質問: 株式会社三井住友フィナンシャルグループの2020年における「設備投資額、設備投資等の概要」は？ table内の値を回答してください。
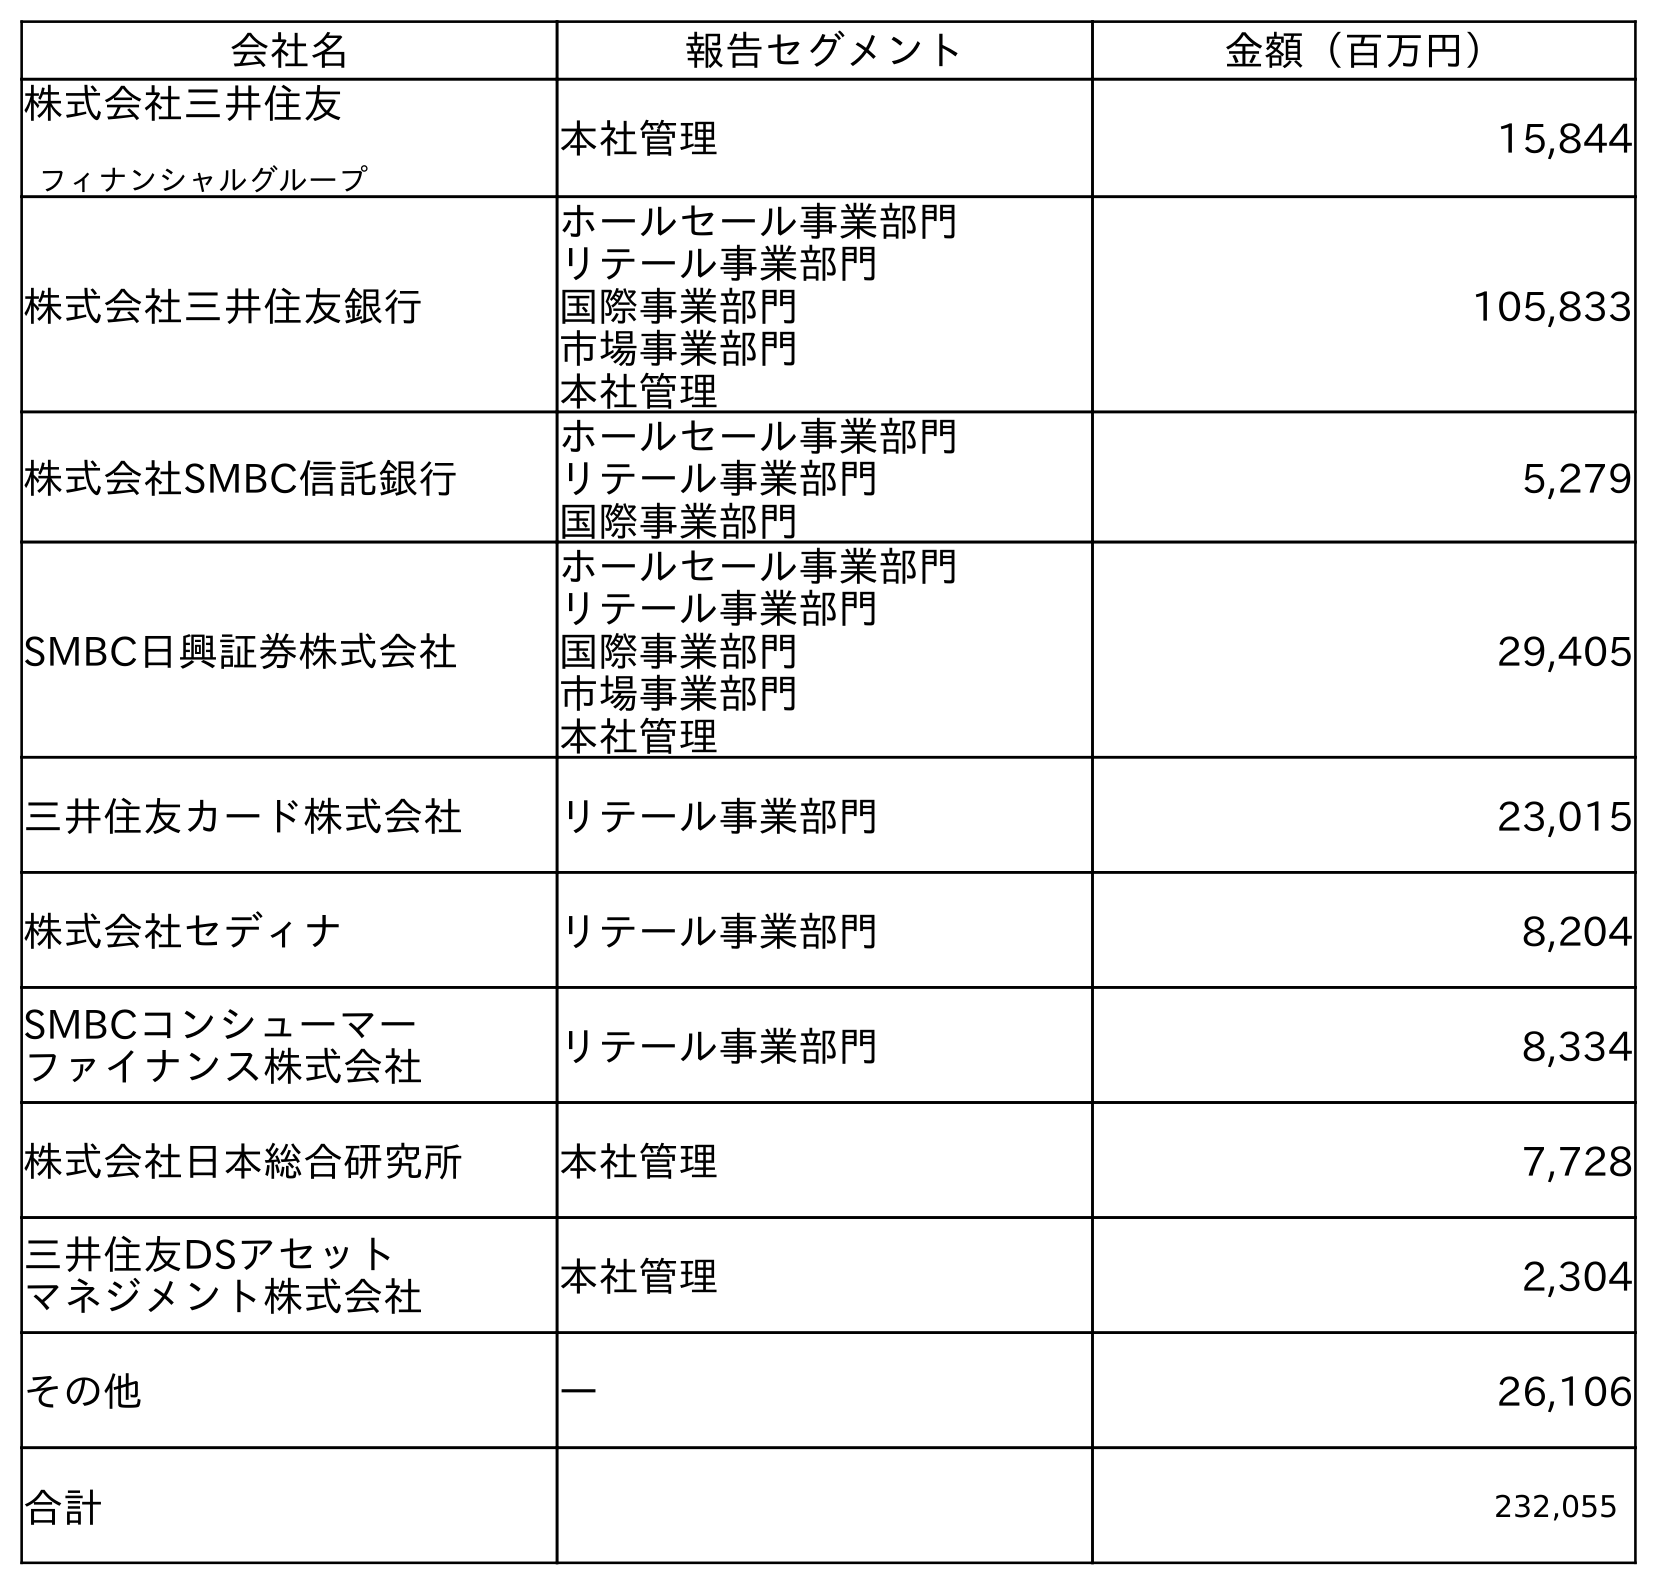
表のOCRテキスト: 会社名 報告セグメント 金額（百万円） 株式会社三井住友 フィナンシャルグループ 本社管理 15,844 株式会社三井住友銀行 ホールセール事業部門 リテール事業部門 国際事業部門 市場事業部門 本社管理 105,833 株式会社SMBC信託銀行 ホールセール事業部門 リテール事業部門 国際事業部門 5,279 SMBC日興証券株式会社 ホールセール事業部門 リテール事業部門 国際事業部門 市場事業部門 本社管理 29,405 三井住友カード株式会社 リテール事業部門 23,015 株式会社セディナ リテール事業部門 8,204 SMBCコンシューマー ファイナンス株式会社 リテール事業部門 8,334 株式会社日本総合研究所 本社管理 7,728 三井住友DSアセット マネジメント株式会社 本社管理 2,304 その他 ― 26,106 合計 232,055
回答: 232,055